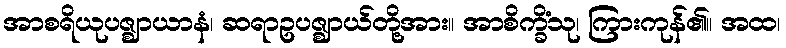
အာစရိယုပဇ္ဈာယာနံ၊ ဆရာဥပဇ္ဈာယ်တို့အား။ အာစိက္ခိံသု၊ ကြားကုန်၏။ အထ၊